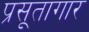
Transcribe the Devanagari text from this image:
प्रसूतागार